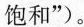
饱和”)。